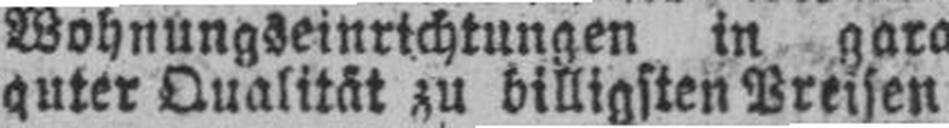
guter Qualität zu billigsten Preisen